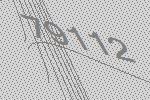
79112